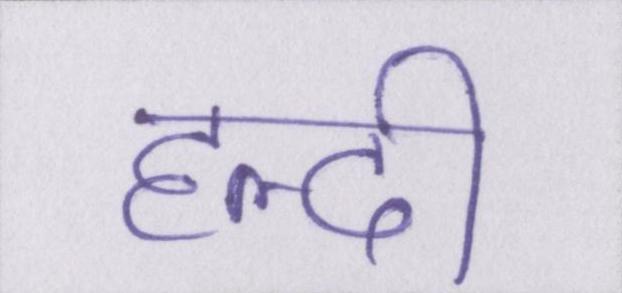
हल्दी